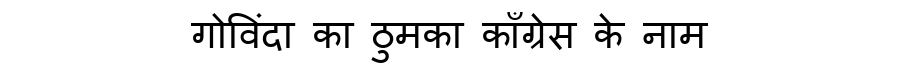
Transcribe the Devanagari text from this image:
गोविंदा का ठुमका काँग्रेस के नाम